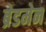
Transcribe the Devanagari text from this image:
ब्रेडमेन